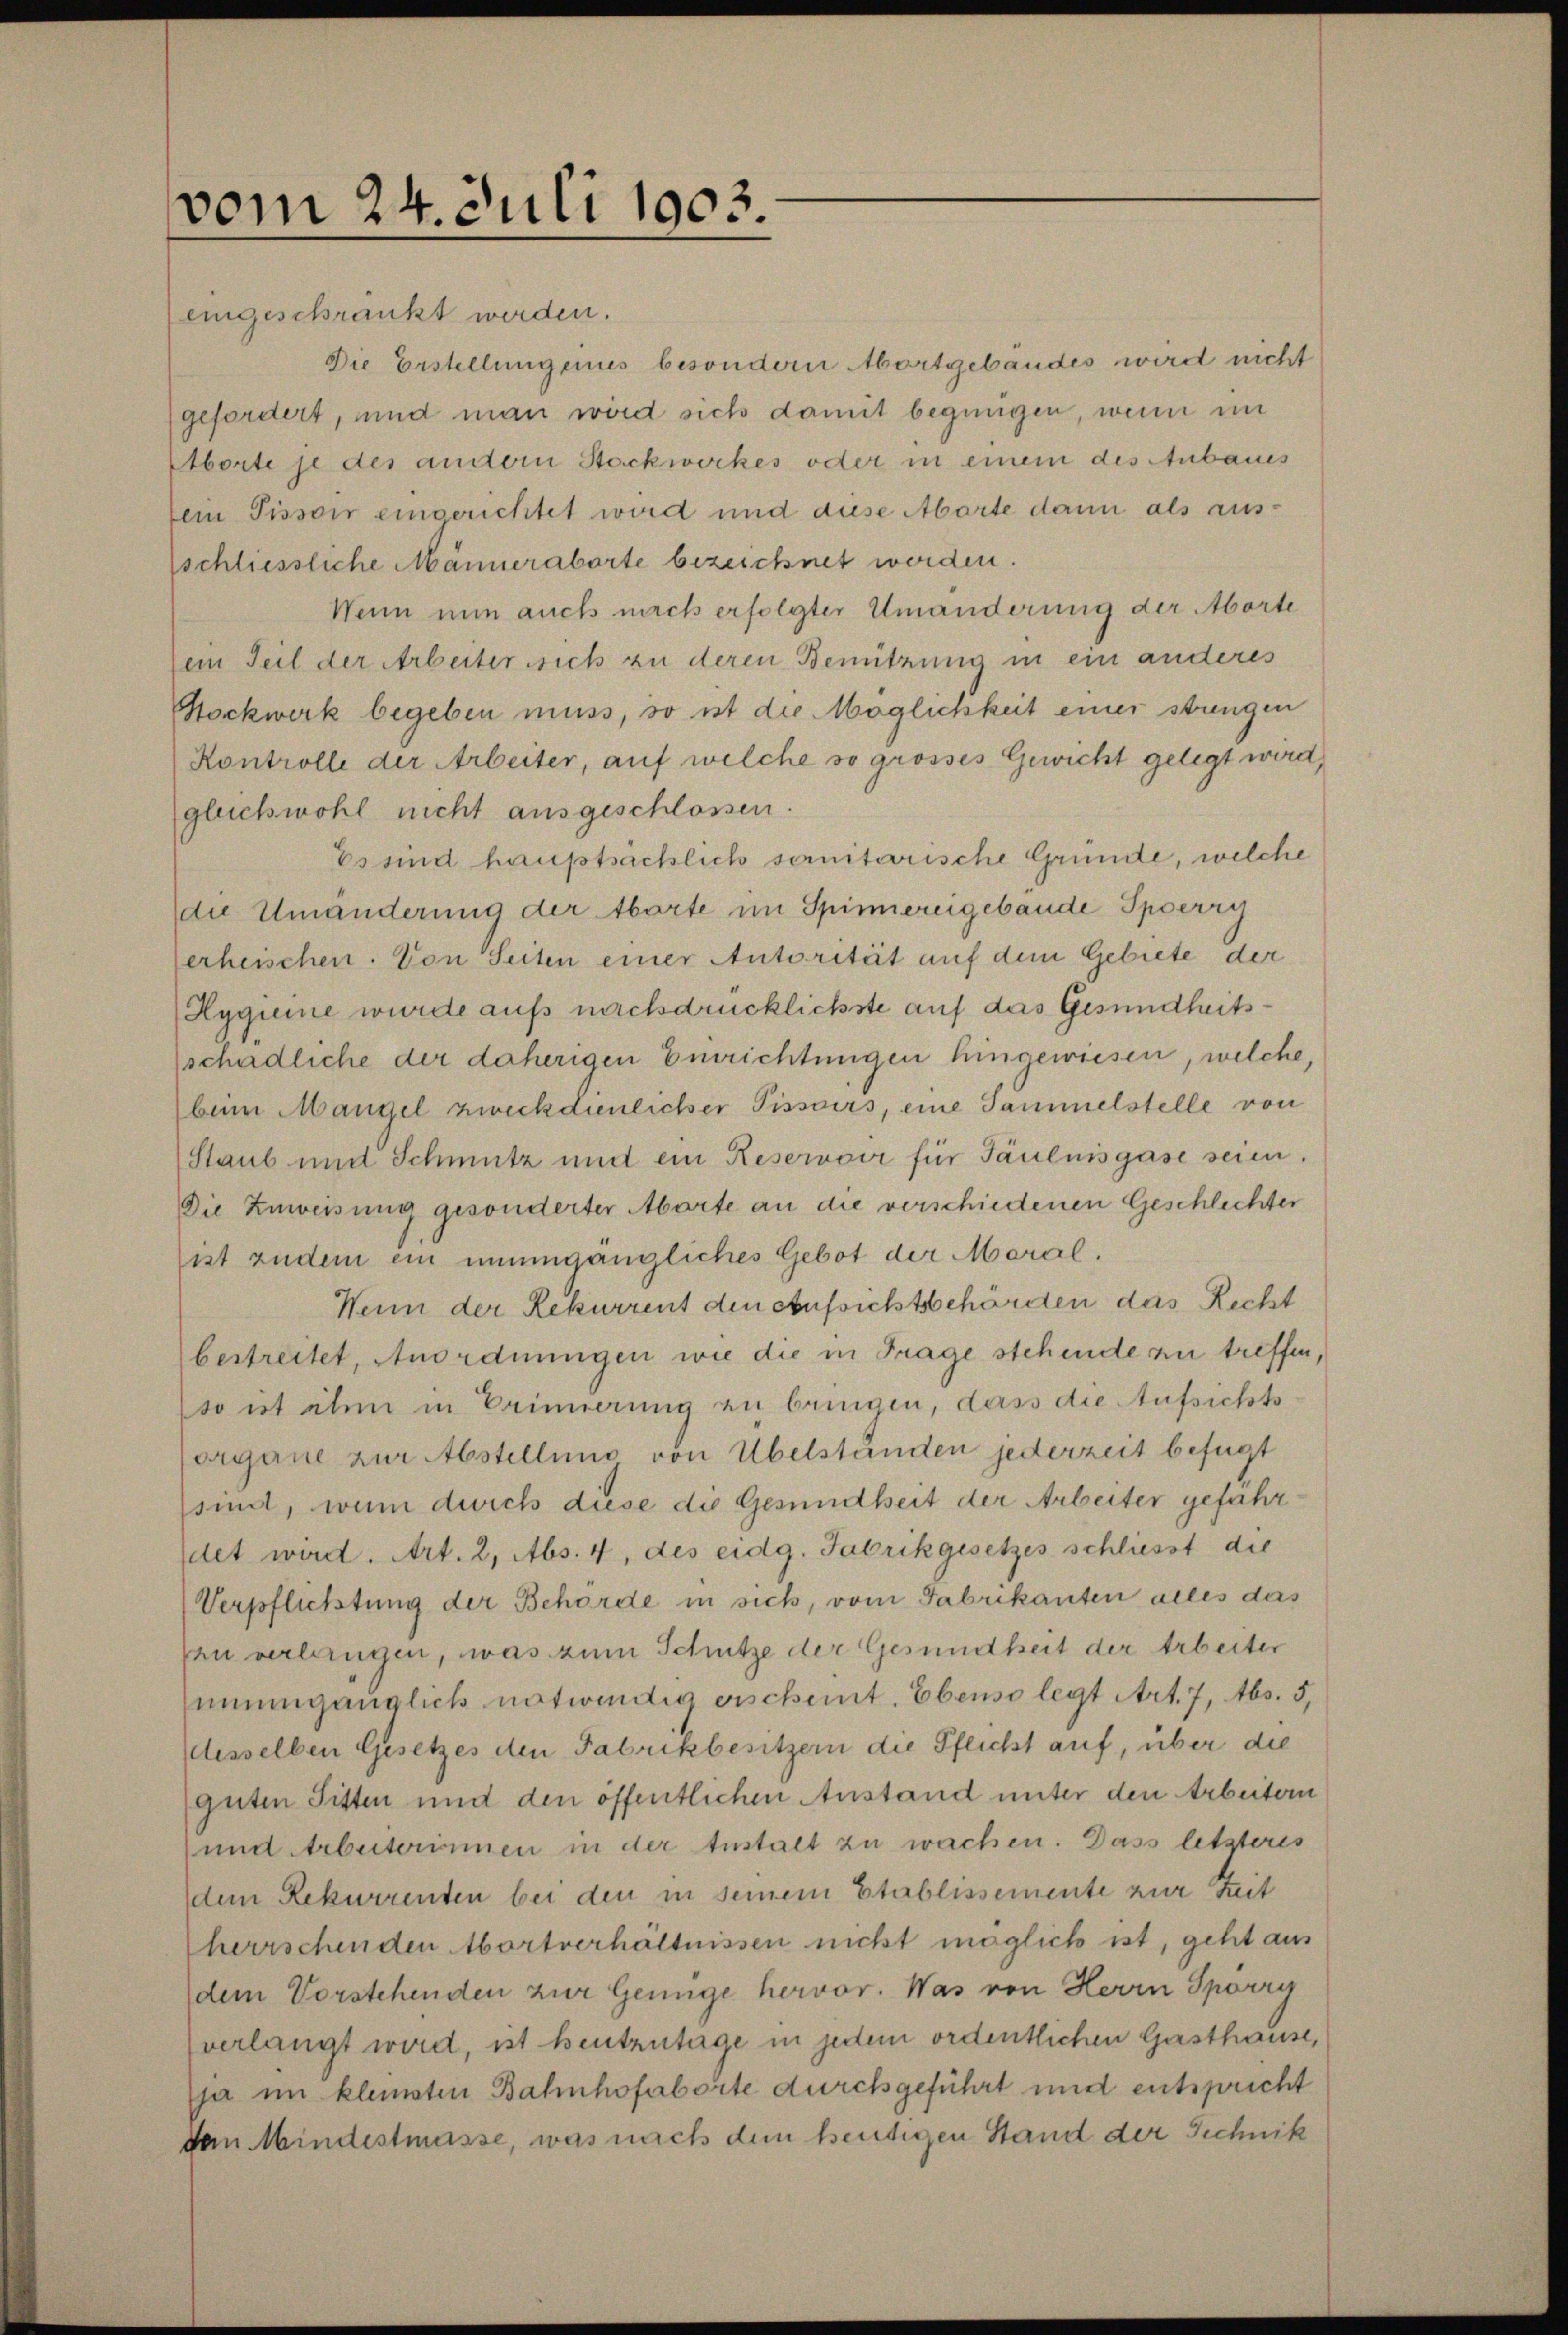
vom 24. Juli 1903.

eingeschränkt werden.
Die Erstellungenes besondern Mortgebäudes wird nicht
gefordert, und man wird sich damit begnügen, wenn im
Aborte je des andern Stockwerkes oder in einem des Anbaues
lein Pissoir eingerichtet wird und diese Abarte dann als ausschliessliche Männeraborte bezeichnet werden.
Wenn nun auch nach erfolgter Umänderung der Aborte
ein Teil der Arbeiter sich zu deren Benützung in ein anderes
Stockwerk begeben muss, so ist die Möglichkeit einer strengen
Kontrolle der Arbeiter, auf welche so grosses Gewicht gelegt wird,
gleichwohl nicht ausgeschlossen.
Es sind hauptsächlich somitarische Gründe, welche
die Umänderung der Aborte im Spinnereigebäude Sperry
erheischen. Von Seiten einer Autorität auf dem Gebiete der
Hygieme wurde aufs nachdrücklichste auf das Gesundheitsschädliche der daherigen Einrichtungen hingewiesen, welche,
beim Mangel zweckdienlicher Pissoirs, eine Sammelstelle von
Staub und Schmutz und ein Reservoir für Fäulnisgase seien.
Die Zuweisung gesonderter Marte an die verschiedenen Geschlechter
list zudem ein unumgängliches Gebot der Moral¬
Wenn der Rekurrent den Aufsichtsbehörden das Recht
bestreitet, Anordnungen wie die in Frage stehende zu treffen,
sont elen in Erinnerung zu bringen, dass die Aufsichts
organe zur Abstellung von Übelständen jederzeit befügt
sind, wenn durch diese die Gesundheit der Arbeiter gefahr
det wird. Art. 2, Abs. 4, des eidg. Fabrikgesetzes schliesst die
Verpflichtung der Behörde in sich, vom Fabrikanten alles das
fau verlangen, was zum Schutze der Gesundheit der Arbeiter
unumgänglich notwendig erscheint. Ebenso legt Art. 7, Abs. 5,
desselben Gesetzes den Fabrikbesitzern die Pflicht auf, über die
guten Sitten und den öffentlichen Anstand unter den Arbeitern
und Arbeiterinnen in der Instalt zu wachen. Dass letzteres
dem Rekurrenten bei den in seinem Etablissemente zur Zeit
herrschenden Abortverhältnissen nicht möglich ist, geht aus
dem Vorstehenden zur Genüge hervor. Was von Herrn Sporry
(verlangt wird, ist heutzutage in jedem ordentlichen Gasthause,
ja im kleinsten Bahnhofaborte durchgeführt und entspricht
den Mindestmasse, was nach dem heutigen Stand der Sichnik